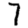
Digit: 7